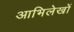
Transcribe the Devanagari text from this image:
आभिलेखों